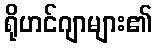
ရိုဟင်ဂျာများ၏